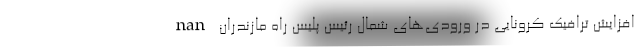
nan افزایش ترافیک کرونایی در ورودی‌های شمال رئیس پلیس راه مازندران